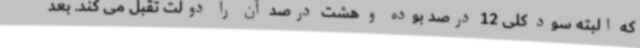
که البته سود کلی 12 درصد بوده و هشت درصد آن را دولت تقبل می کند. بعد